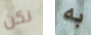
نكن به